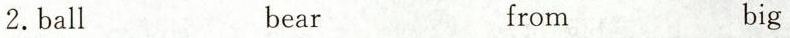
2 ball bear from big